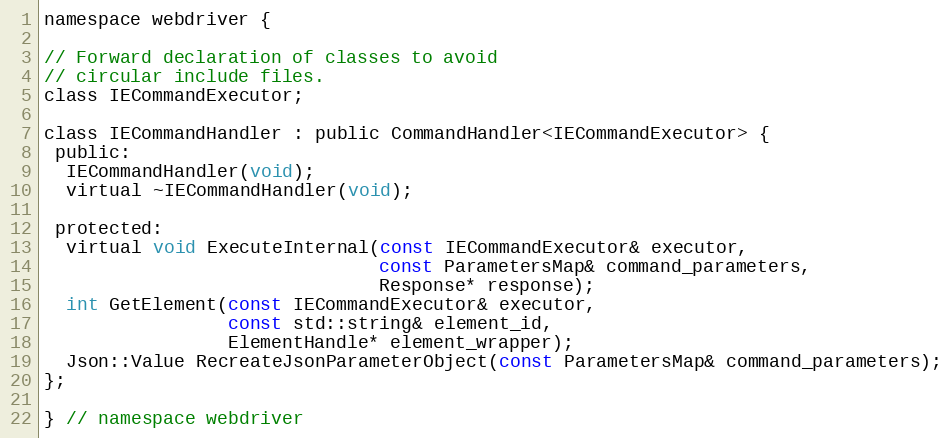
Language: C
namespace webdriver {

// Forward declaration of classes to avoid
// circular include files.
class IECommandExecutor;

class IECommandHandler : public CommandHandler<IECommandExecutor> {
 public:
  IECommandHandler(void);
  virtual ~IECommandHandler(void);

 protected:
  virtual void ExecuteInternal(const IECommandExecutor& executor,
                               const ParametersMap& command_parameters,
                               Response* response);
  int GetElement(const IECommandExecutor& executor,
                 const std::string& element_id,
                 ElementHandle* element_wrapper);
  Json::Value RecreateJsonParameterObject(const ParametersMap& command_parameters);
};

} // namespace webdriver